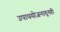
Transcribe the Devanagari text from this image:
उपाययोजनातूनही